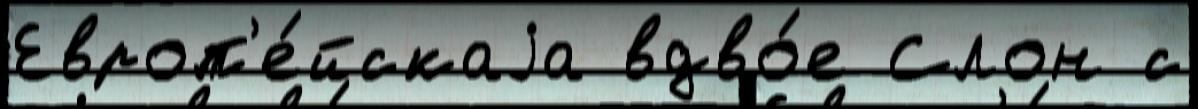
Европ'е́йскаjа вдво́е Слон с